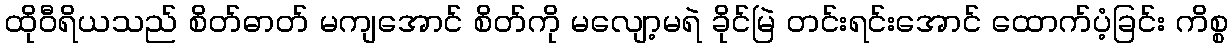
ထိုဝီရိယသည် စိတ်ဓာတ် မကျအောင် စိတ်ကို မလျော့မရဲ ခိုင်မြဲ တင်းရင်းအောင် ထောက်ပံ့ခြင်း ကိစ္စ